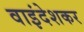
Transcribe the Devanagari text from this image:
वाइंदेशकर